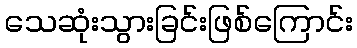
သေဆုံးသွားခြင်းဖြစ်ကြောင်း